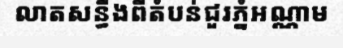
លាតសន្ធឹងពីតំបន់ជួរភ្នំអណ្ណាម